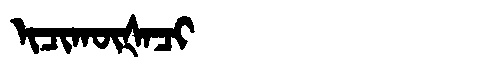
Manchu: ᡳᠴᡳᡴᡡᡧᠠᠴᡳ
Romanization: ICIKŪŠACI